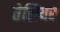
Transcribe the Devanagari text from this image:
तेलियर